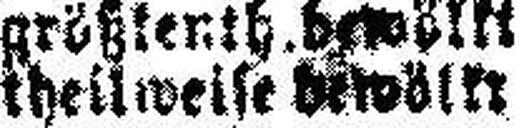
theilweise bewölkt